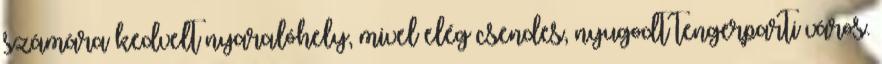
számára kedvelt nyaralóhely, mivel elég csendes, nyugodt tengerparti város.